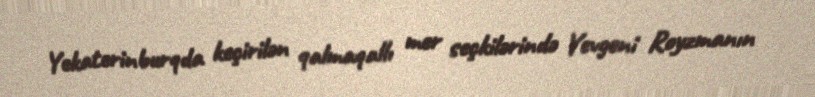
Yekaterinburqda keçirilən qalmaqallı mer seçkilərində Yevgeni Royzmanın